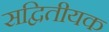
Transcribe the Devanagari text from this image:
सद्वितीयक